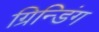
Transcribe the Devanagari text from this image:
ग्रिन्डिंग